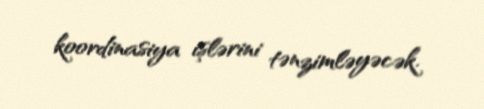
koordinasiya işlərini tənzimləyəcək.